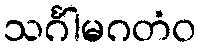
သင်္ဂါမဂတံဝ